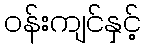
ဝန်းကျင်နှင့်